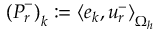
\left( \boldsymbol { P } _ { r } ^ { - } \right) _ { k } : = \left< \boldsymbol { e } _ { k } , \boldsymbol { u } _ { r } ^ { - } \right> _ { \Omega _ { h } }